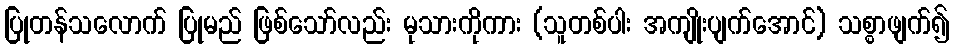
ပြုတန်သလောက် ပြုမည် ဖြစ်သော်လည်း မုသားကိုကား (သူတစ်ပါး အကျိုးပျက်အောင်) သစ္စာဖျက်၍